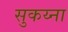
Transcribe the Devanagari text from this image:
सुकय्ना